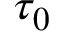
\tau _ { 0 }